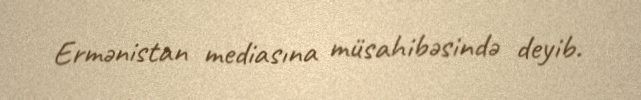
Ermənistan mediasına müsahibəsində deyib.